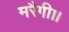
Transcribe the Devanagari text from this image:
मरैगी।।